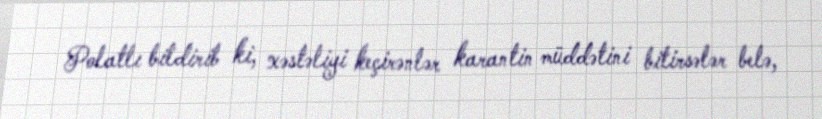
Polatlı bildirib ki, xəstəliyi keçirənlər karantin müddətini bitirsələr belə,